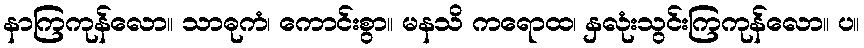
နာကြကုန်လော။ သာဓုကံ၊ ကောင်းစွာ။ မနသိ ကရောထ၊ နှလုံးသွင်းကြကုန်လော။ ပ။